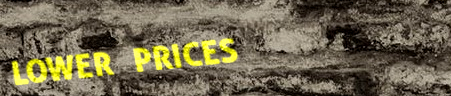
LOWER PRICES